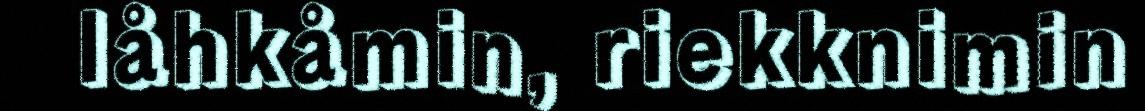
låhkåmin, riekknimin